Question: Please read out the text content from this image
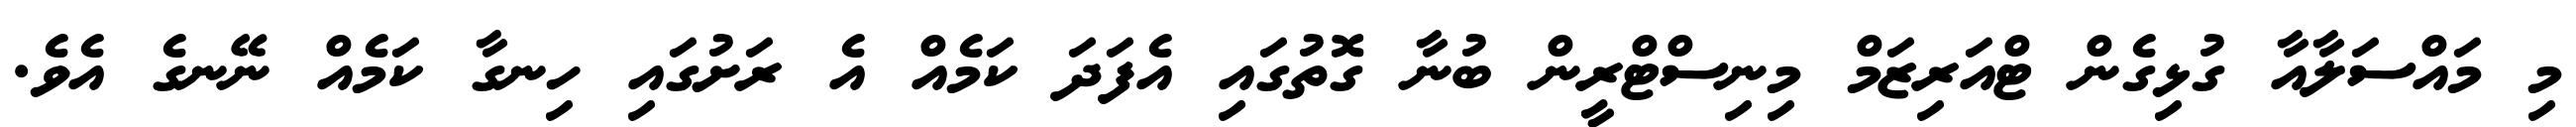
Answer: މި މައްސަލާއާ ގުޅިގެން ޓްއަރިޒަމް މިނިސްޓްރީން ބުނާ ގޮތުގައި އެފަދަ ކަމެއް އެ ރަށުގައި ހިނގާ ކަމެއް ނޭނގެ އެވެ.